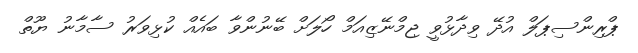
ޕްރިންސިޕަލް އުދޭ ވިދާޅުވީ ޖިމްނޭޒިއަމް ހޯލަށް ބޭނުންވާ ބައެއް ކުޅިވަރު ސާމާނު ޔޫތް